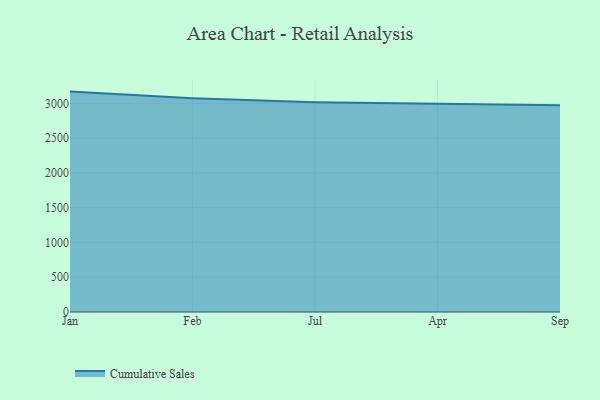
{"axis": {"x": "Month", "y": "Satisfaction Score"}, "legend": ["Cumulative Sales"], "data": [{"x": "Jan", "y": 3168.3, "type": "Cumulative Sales"}, {"x": "Feb", "y": 3073.8, "type": "Cumulative Sales"}, {"x": "Jul", "y": 3015.2, "type": "Cumulative Sales"}, {"x": "Apr", "y": 2997.3, "type": "Cumulative Sales"}, {"x": "Sep", "y": 2972.9, "type": "Cumulative Sales"}]}